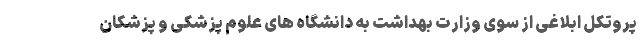
پروتکل ابلاغی از سوی وزارت بهداشت به دانشگاه های علوم پزشکی و پزشکان